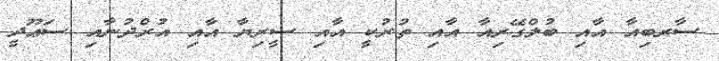
ސާރބިއާ އާއި ބުލްގޭރިއާ އާއި ތުރުކީ އާއި ސީރިޔާ އާއި އުރްދުނާއި ސަޢޫދީ